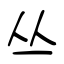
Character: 丛